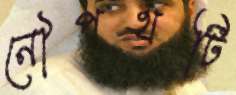
নৌপথটি